Insane asylums in Bengal annual reports 1867-1875 - 1867-1875
Year: 1867
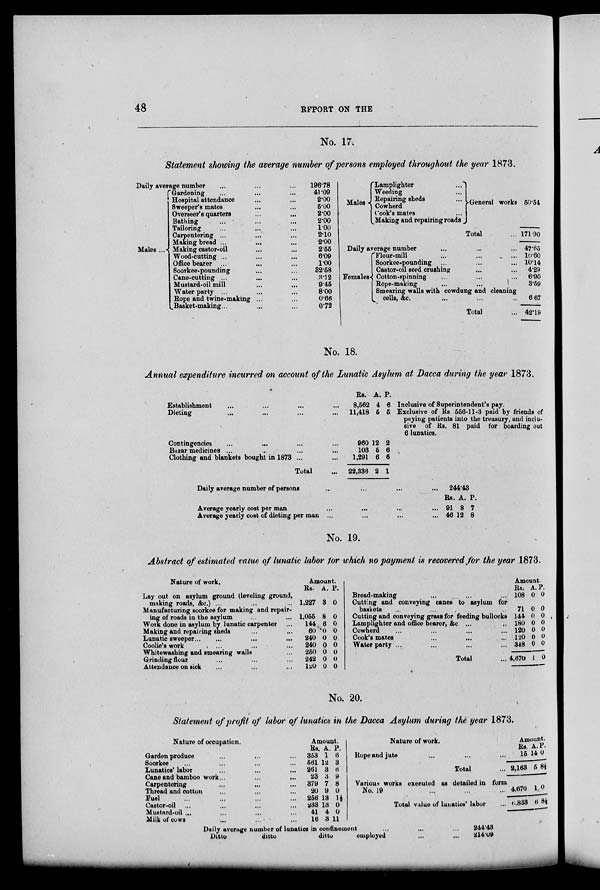
48
REPORT ON THE
No. 17.
Statement showing the average number of persons employed throughout the year 1873.
Daily average number ... ... ...
Males ...
Gardening ... ... ...
Hospital attendance ... ...
Sweeper's mates ... ...
Overseer's quarters ... ...
Bathing ... ... ...
Tailoring ... ... ...
Carpentering ... ... ...
Making bread ...
...
...
Making castor-oil ... ...
Wood-cutting ... ... ...
Office bearer ... ... ...
Soorkee-pounding ... ... ...
Cane-cutting ... ... ...
Mustard-oil mill ... ... ...
Water party ...
...
...
Rope and twine-making ... ...
Basket-making... ... ...
196.78
41.09
2.00
5.00
2.00
2.00
1.00
2.10
2.00
2.55
6.09
1.00
32.58
3.12
9.45
8.00
0.66
0.72
Males
Lamplighter
...
Weeding ...
Repairing sheds
...
Cowherd ...
Cook's mates ...
Making and repairing roads
General works
Total
...
Daily average number ... ... ...
Females
Flour-mill ... ... ...
Soorkee-pounding ... ... ...
Castor-oil seed crushing ... ... ...
Cotton-spinning ... ... ...
Rope-making ... ...
Smearing walls with cowdungand cleaning
cells,
&c. ... ... ...
Total ...
50.54
171.90
47.65
10.60
10.14
4.29
6.90
3.59
6.67
42.19
No. 18.
Annual expenditure incurred on account of the Lunatic Asylum at Dacca during the year 1873.
Establishment ... ... ... ...
Dieting ... ... ... ...
Contingencies ... ... ... ...
Bazar medicines ... ... ... ...
Clothing and blankets bought in 1873 ... ...
Total ...
RS.
8,562
11,418
960
103
1,291
22,336
A.
4
5
12
5
6
2
P.
6
5
2
6
6
1
Inclusive of Superintendent's pay.
Exclusive of Rs 556-11-3 paid by friends of
paying patients into the treasury, and inclu-
sive of Rs. 81 paid for boarding out
6 lunatics.
Daily average number of persons
...
...
...
...
Average yearly cost per man
...
...
...
...
Average yearly cost of dieting per man ...
...
... ...
244.43
Rs.
91
46
A.
8
12
P.
7
8
No. 19.
Abstract of estimated value of lunatic labor for which no payment is recovered for the year 1873.
Nature of work.
Lay out on asylum ground (leveling ground,
making roads, &c.) ... ... ...
Manufacturing soorkee for making and repair-
ing of roads in the asylum ... ...
Work done in asylum by lunatic carpenter ...
Making and repairing sheds ... ...
Lunatic sweeper... ... ... ...
Coolie's work ... ... ...
Whitewashing and smearing walls ...
Grinding flour ... ... ...
Attendance on sick ... ... ...
Amount.
Rs.
1,227
1,055
144.
60
240
240
250
242
120
A.
3
8
6
0
0
0
0
0
0
P.
0
0
0
0
0
0
0
0
0
Bread-making ... ... ...
Cutting and conveying canes to asylum for
baskets ... ... ... ...
Cutting and conveying grass for feeding bullocks
Lamplighter and office bearer, &c. ... ...
Cowherd ... ... ...
Cook's mates ... ... ...
Water party ... ... ... ...
Total ...
Amount.
Rs.
108
71
144
180
120
120
348
4,670
A.
0
0
0
0
0
0
0
1
P.
0
0
0
0
0
0
0
0
No. 20.
Statement of profit of labor of lunatics in the Dacca Asylum during the year 1873.
Nature of occupation.
Garden produce ... ... ...
Soorkee ... ... ... ...
Lunatics' labor ... ... ...
Cane and bamboo work...
...
...
Carpentering ... ... ...
Thread and cotton ... ... ...
Fuel ... ... ... ...
Castor-oil ... ... ... ...
Mustard-oil ... ... ... ...
Milk of cows ... ... ...
Amount.
Rs.
353
561
261
23
379
20
256
233
41
16
A.
1
12
3
3
7
9
13
13
4
3
P.
6
3
6
9
8
0
1½
0
0
11
Nature of work.
Rope and jute ... ... ...
Total ...
Various works executed as detailed in form
No. 19 ... ... ...
Total value of lunatics' labor ...
Amount.
Rs.
15
2,163
4,670
6,833
A.
14
5
1
6
P.
0
8½
0
8½
Daily average number of lunatics in confinement
...
...
...
244.48
Ditto
ditto
ditto
employed
...
...
214.09